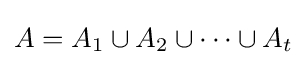
A=A_{1}\cup A_{2}\cup \cdots \cup A_{t}